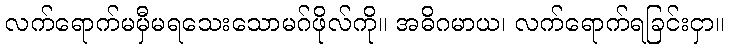
လက်ရောက်မမှီမရသေးသောမဂ်ဖိုလ်ကို။ အဓိဂမာယ၊ လက်ရောက်ရခြင်းငှာ။